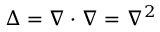
\Delta = \nabla \cdot \nabla = \nabla ^ { 2 }